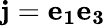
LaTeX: \mathbf{j}=\mathbf{e_{1}}\mathbf{e_{3}}